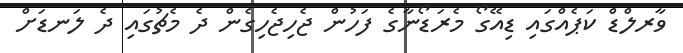
ވާރލްޑް ކަޕެއްގައި ޑިއޭގޯ މެރަޑޯނާގެ ފަހުން ޖެހިޖެހިގެން ދެ މެޗުގައި ދެ ލަނޑަށް